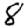
Digit: 8